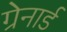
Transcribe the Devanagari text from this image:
ग्रेनार्ड